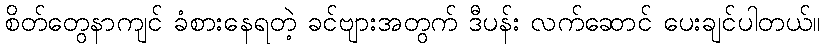
စိတ်တွေနာကျင် ခံစားနေရတဲ့ ခင်ဗျားအတွက် ဒီပန်း လက်ဆောင် ပေးချင်ပါတယ်။